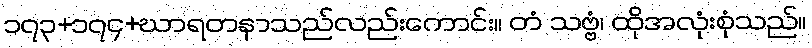
၁၇၃+၁၇၄+ဃာရတနာသည်လည်းကောင်း။ တံ သဗ္ဗံ၊ ထိုအလုံးစုံသည်။